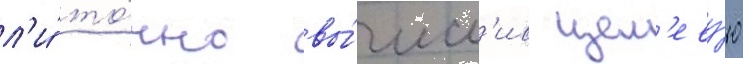
л'и́ то́чно вы́числ'ив цел'еву́ю